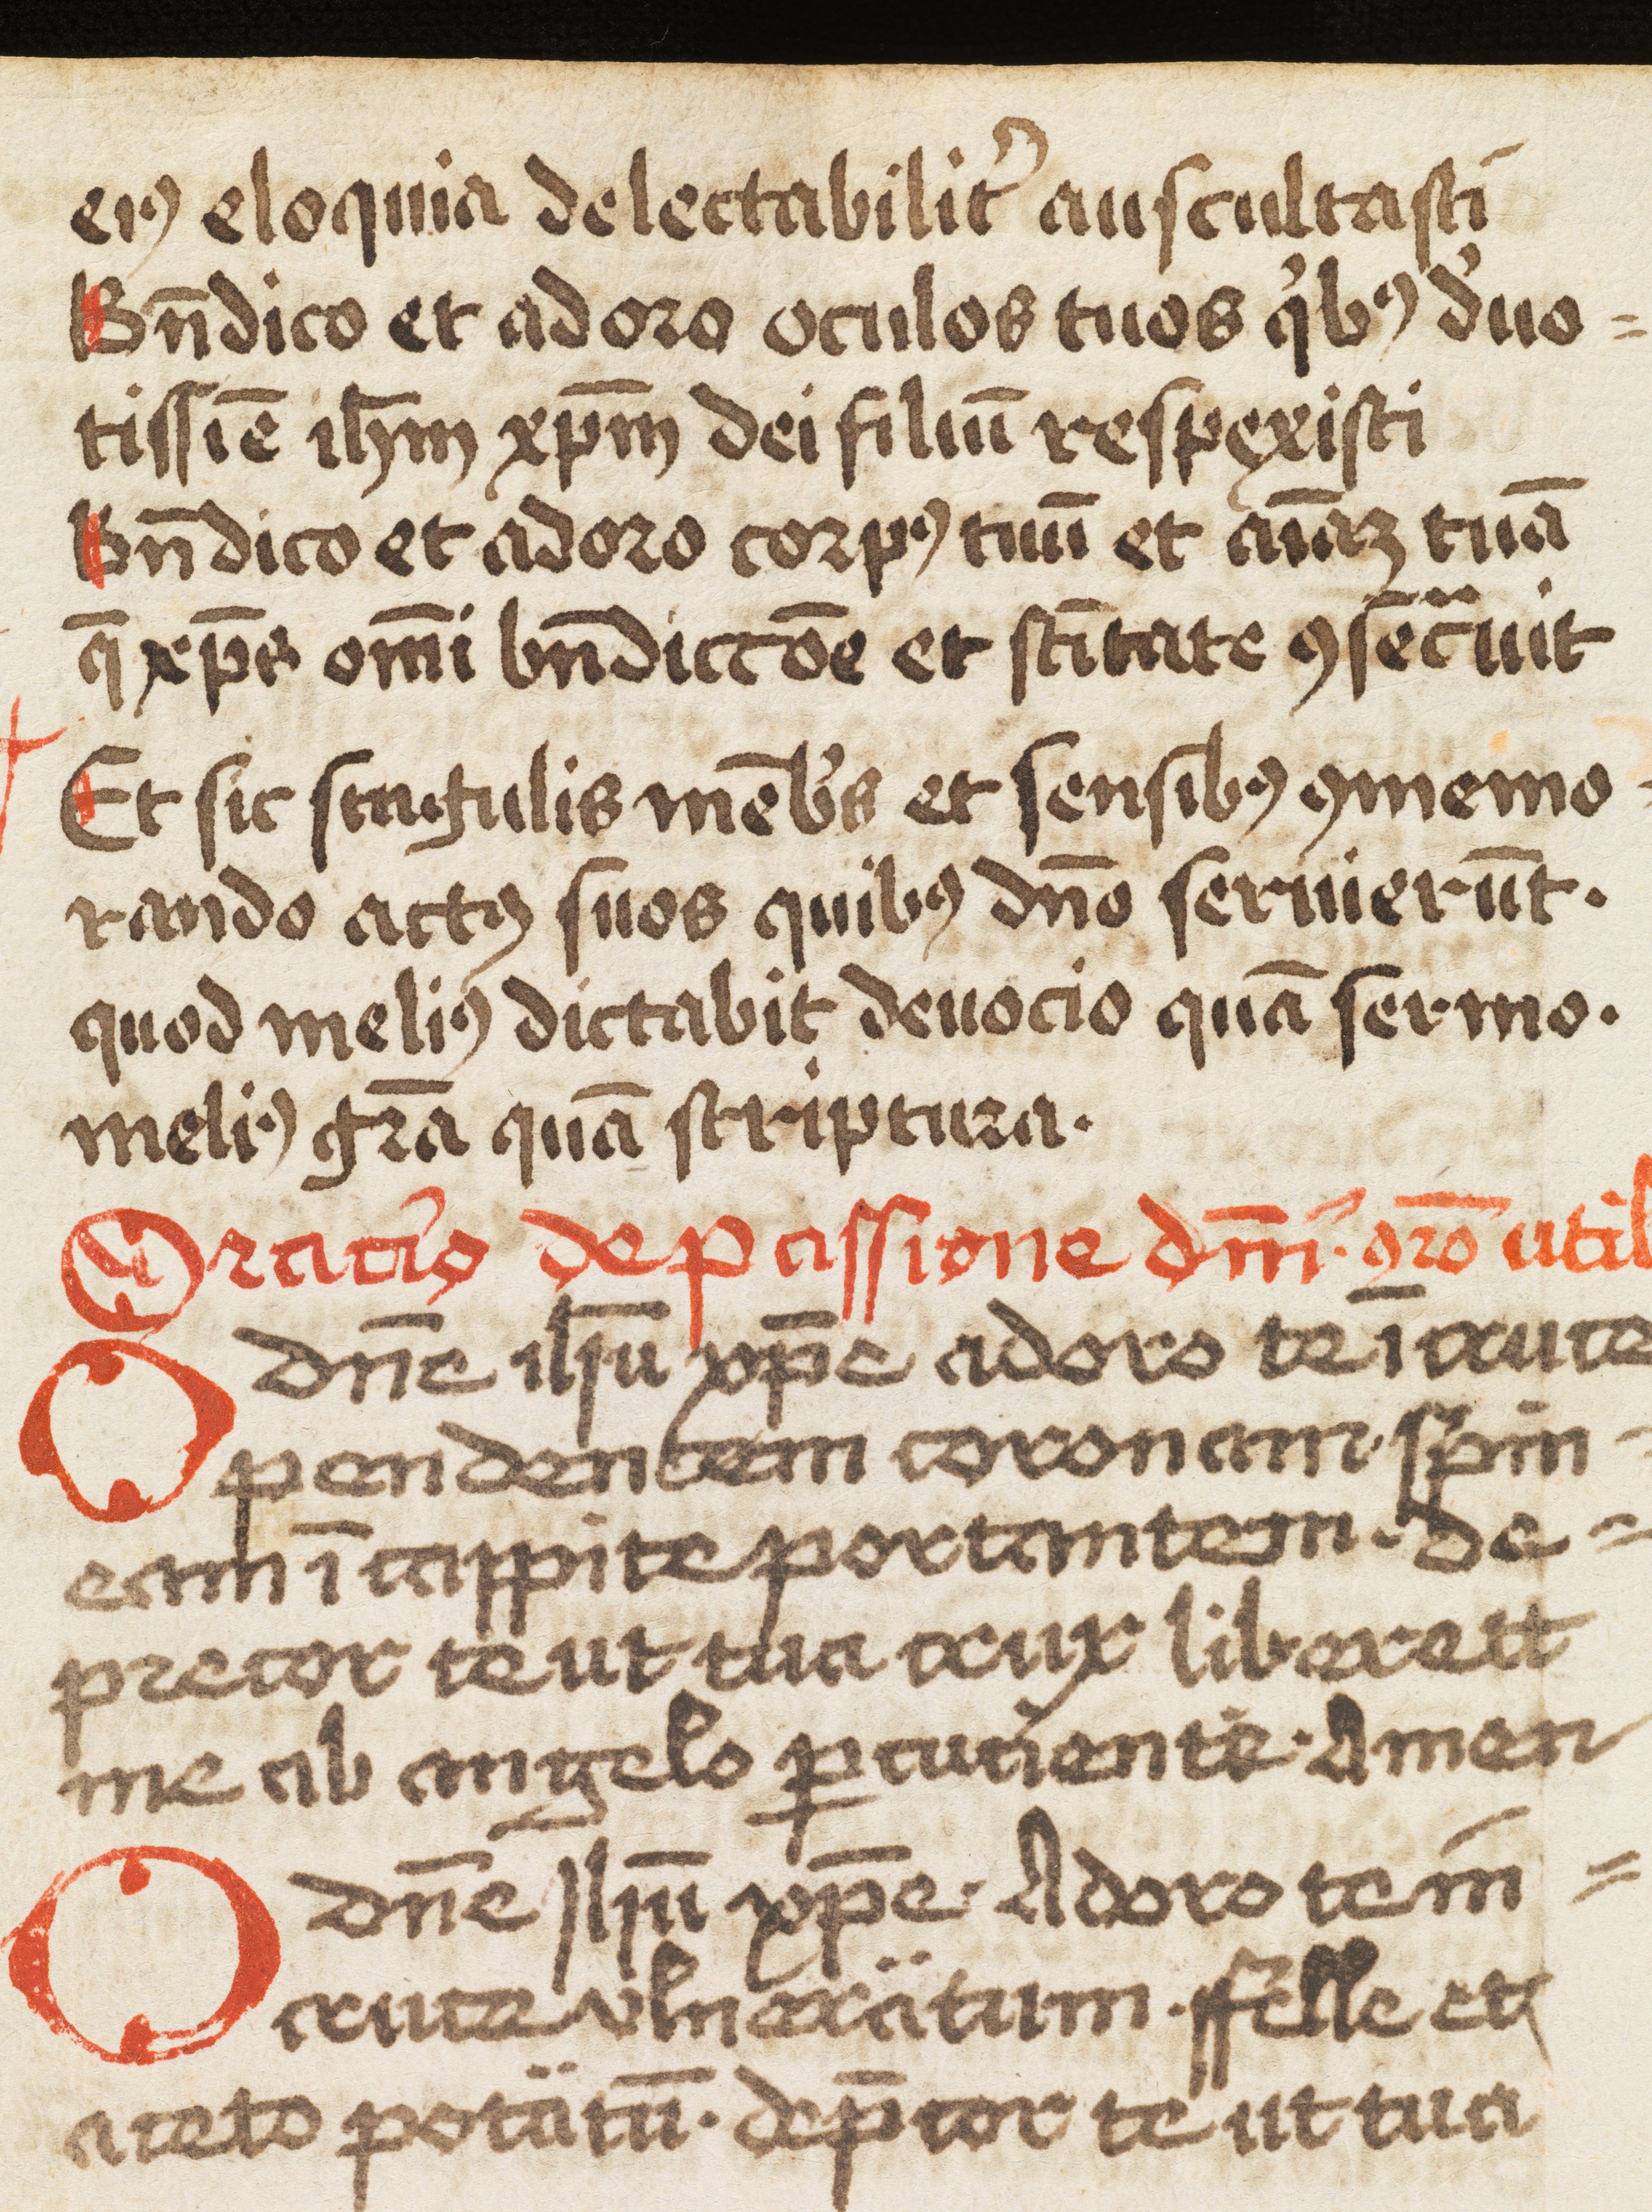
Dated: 1493–1493